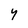
Character: 4